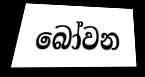
බෝවන